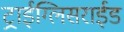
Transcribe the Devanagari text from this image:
ट्राईग्लिसराईड